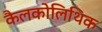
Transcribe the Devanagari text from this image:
कैलकोलिथिक